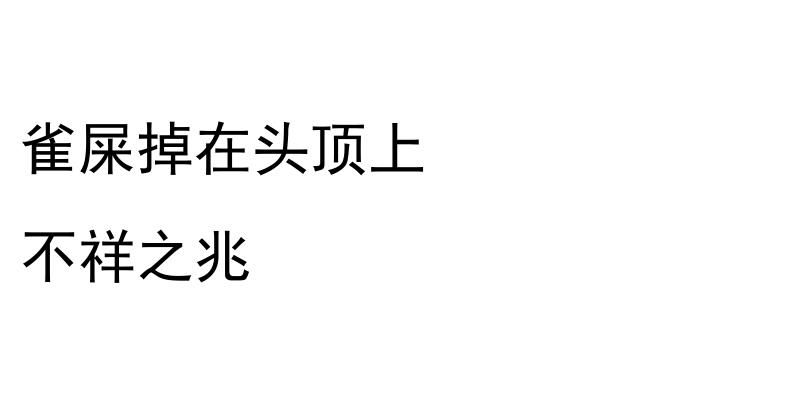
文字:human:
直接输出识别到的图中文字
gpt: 雀屎掉在头顶上 不祥之兆